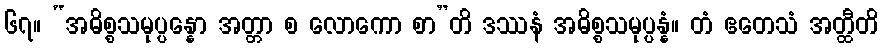
၆၇။ “အဓိစ္စသမုပ္ပန္နော အတ္တာ စ လောကော စာ”တိ ဒဿနံ အဓိစ္စသမုပ္ပန္နံ။ တံ ဧတေသံ အတ္ထီတိ